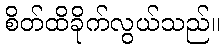
စိတ်ထိခိုက်လွယ်သည်။